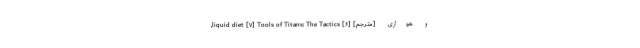
و هوازی [مترجم] [۶] liquid diet [۷] Tools of Titans: The Tactics,